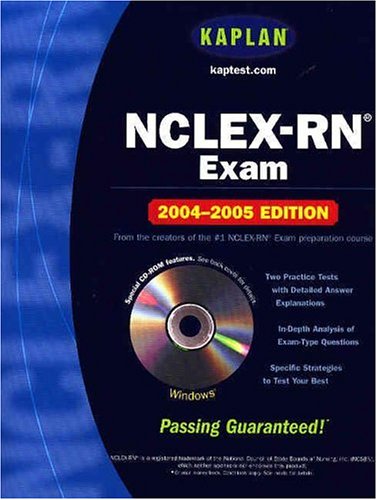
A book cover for Kaplan NCLEX-RN 2004-2005 with CD-ROM (Kaplan NCLEX-RN (W/CD)); Kaplan; Test Preparation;